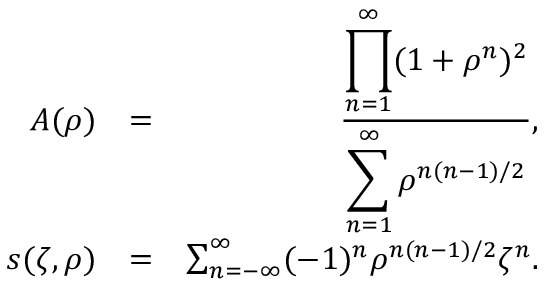
\begin{array} { r l r } { A ( \rho ) } & { = } & { \frac { \displaystyle \prod _ { n = 1 } ^ { \infty } ( 1 + \rho ^ { n } ) ^ { 2 } } { \displaystyle \sum _ { n = 1 } ^ { \infty } \rho ^ { n ( n - 1 ) / 2 } } , } \\ { s ( \zeta , \rho ) } & { = } & { \sum _ { n = - \infty } ^ { \infty } ( - 1 ) ^ { n } \rho ^ { n ( n - 1 ) / 2 } \zeta ^ { n } . } \end{array}